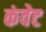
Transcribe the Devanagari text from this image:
कंवेट